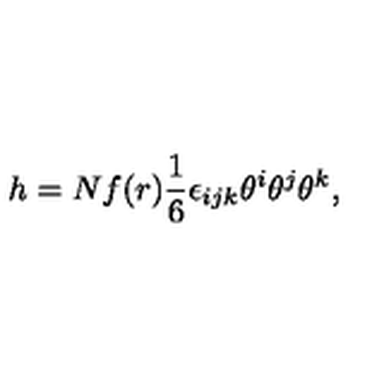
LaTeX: h = N f ( r ) \frac { 1 } { 6 } \epsilon _ { i j k } \theta ^ { i } \theta ^ { j } \theta ^ { k } ,